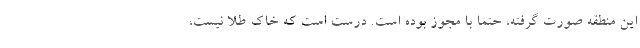
این منطقه صورت گرفته، حتما با مجوز بوده است. درست است که خاک طلا نیست،